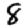
Digit: 8